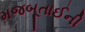
મજબૂતાઈની